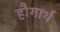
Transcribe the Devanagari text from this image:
हौगार्थ